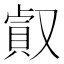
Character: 㕢